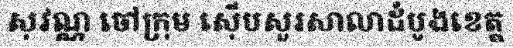
សុវណ្ណ ចៅក្រុម ស៊ើបសួរសាលាដំបូងខេត្ត